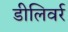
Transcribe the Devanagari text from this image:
डीलिवर्र